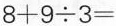
$$8 + 9 \div 3 =$$